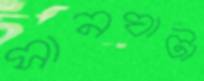
সানঘাটা